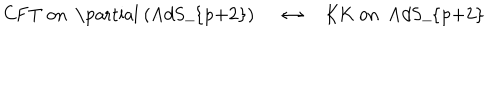
\mathrm { C F T ~ o n ~ \partial ~ ( A d S _ { p + 2 } ) ~ } \quad \leftrightarrow \quad \mathrm { K K ~ o n ~ A d S _ { p + 2 } ~ }